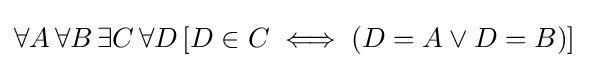
\forall A\,\forall B\,\exists C\,\forall D\,[D\in C\iff (D=A\lor D=B)]